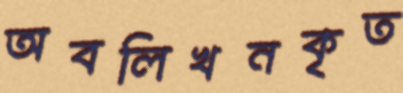
অবলিখনকৃত